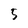
Character: 5